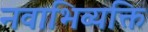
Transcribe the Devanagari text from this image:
नवाभिव्यक्ति